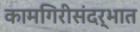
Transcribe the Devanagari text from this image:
कामगिरीसंदर्भात